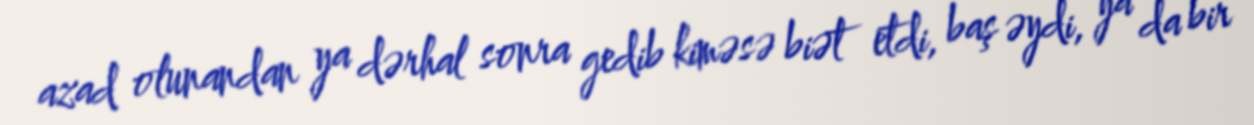
azad olunandan ya dərhal sonra gedib kiməsə biət etdi, baş əydi, ya da bir